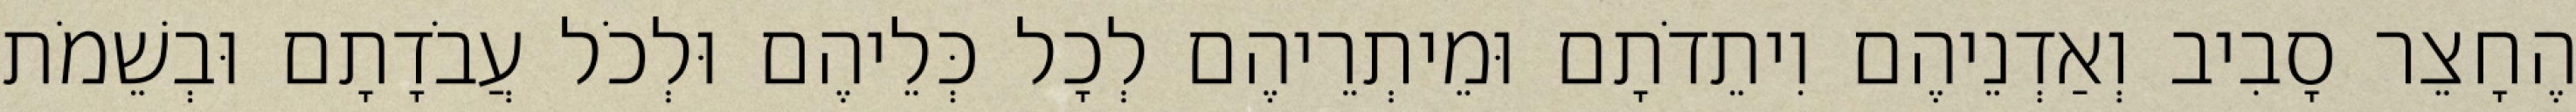
הֶחָצֵר סָבִיב וְאַדְנֵיהֶם וִיתֵדֹתָם וּמֵיתְרֵיהֶם לְכָל כְּלֵיהֶם וּלְכֹל עֲבֹדָתָם וּבְשֵׁמֹת